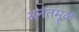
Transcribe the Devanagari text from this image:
अनंतमूळ